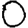
Digit: 0